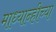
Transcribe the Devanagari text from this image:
माध्यान्हीच्या